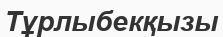
Тұрлыбекқызы